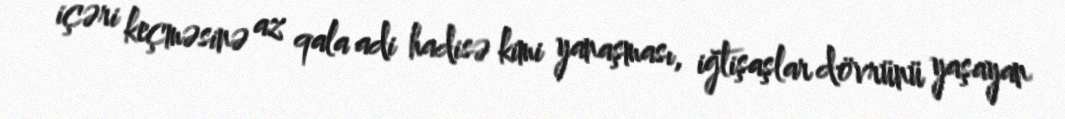
içəri keçməsinə az qala adi hadisə kimi yanaşması, iğtişaşlar dövrünü yaşayan